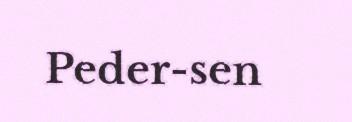
Peder-sen